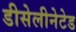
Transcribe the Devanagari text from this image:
डीसेलीनेटेड